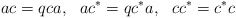
\begin{align*}ac = q ca, ~~ ac^* = q c^*a,~~cc^* = c^*c \end{align*}